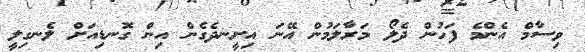
ވިސާމް އެންމެ ފަހުން ދެލޯ މަރާލަމުން އޭނަ އިށީނދެގެން އިން ގޮނޑިއަށް ލެނގިލީ